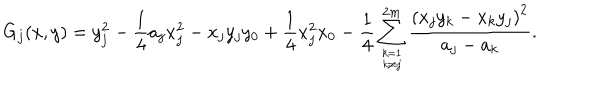
LaTeX: G _ { j } ( x , y ) = y _ { j } ^ { 2 } - { \frac { 1 } { 4 } } a _ { j } x _ { j } ^ { 2 } - x _ { j } y _ { j } y _ { 0 } + { \frac { 1 } { 4 } } x _ { j } ^ { 2 } x _ { 0 } - { \frac { 1 } { 4 } } \sum _ { k = 1 \atop k \neq j } ^ { 2 m } { \frac { \left( x _ { j } y _ { k } - x _ { k } y _ { j } \right) ^ { 2 } } { a _ { j } - a _ { k } } } .